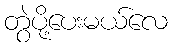
တွဲပို့ပေးမယ်လေ